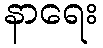
နာရေး